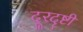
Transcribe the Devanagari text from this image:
दूरदॄष्टी